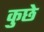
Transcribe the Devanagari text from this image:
कुछे